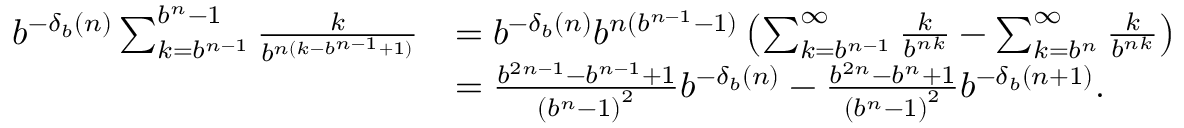
{ \begin{array} { r l } { b ^ { - \delta _ { b } ( n ) } \sum _ { k = b ^ { n - 1 } } ^ { b ^ { n } - 1 } { \frac { k } { b ^ { n ( k - b ^ { n - 1 } + 1 ) } } } } & { = b ^ { - \delta _ { b } ( n ) } b ^ { n ( b ^ { n - 1 } - 1 ) } \left( \sum _ { k = b ^ { n - 1 } } ^ { \infty } { \frac { k } { b ^ { n k } } } - \sum _ { k = b ^ { n } } ^ { \infty } { \frac { k } { b ^ { n k } } } \right) } \\ & { = { \frac { b ^ { 2 n - 1 } - b ^ { n - 1 } + 1 } { \left( b ^ { n } - 1 \right) ^ { 2 } } } b ^ { - \delta _ { b } ( n ) } - { \frac { b ^ { 2 n } - b ^ { n } + 1 } { \left( b ^ { n } - 1 \right) ^ { 2 } } } b ^ { - \delta _ { b } ( n + 1 ) } . } \end{array} }